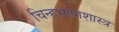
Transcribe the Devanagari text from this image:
चिन्हभाषाशास्त्र